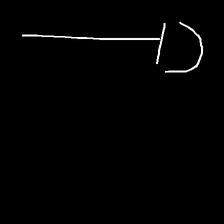
Glyph: dispersion